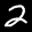
Label: 2